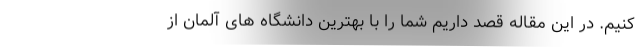
کنیم. در این مقاله قصد داریم شما را با بهترین دانشگاه های آلمان از